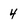
Character: 4